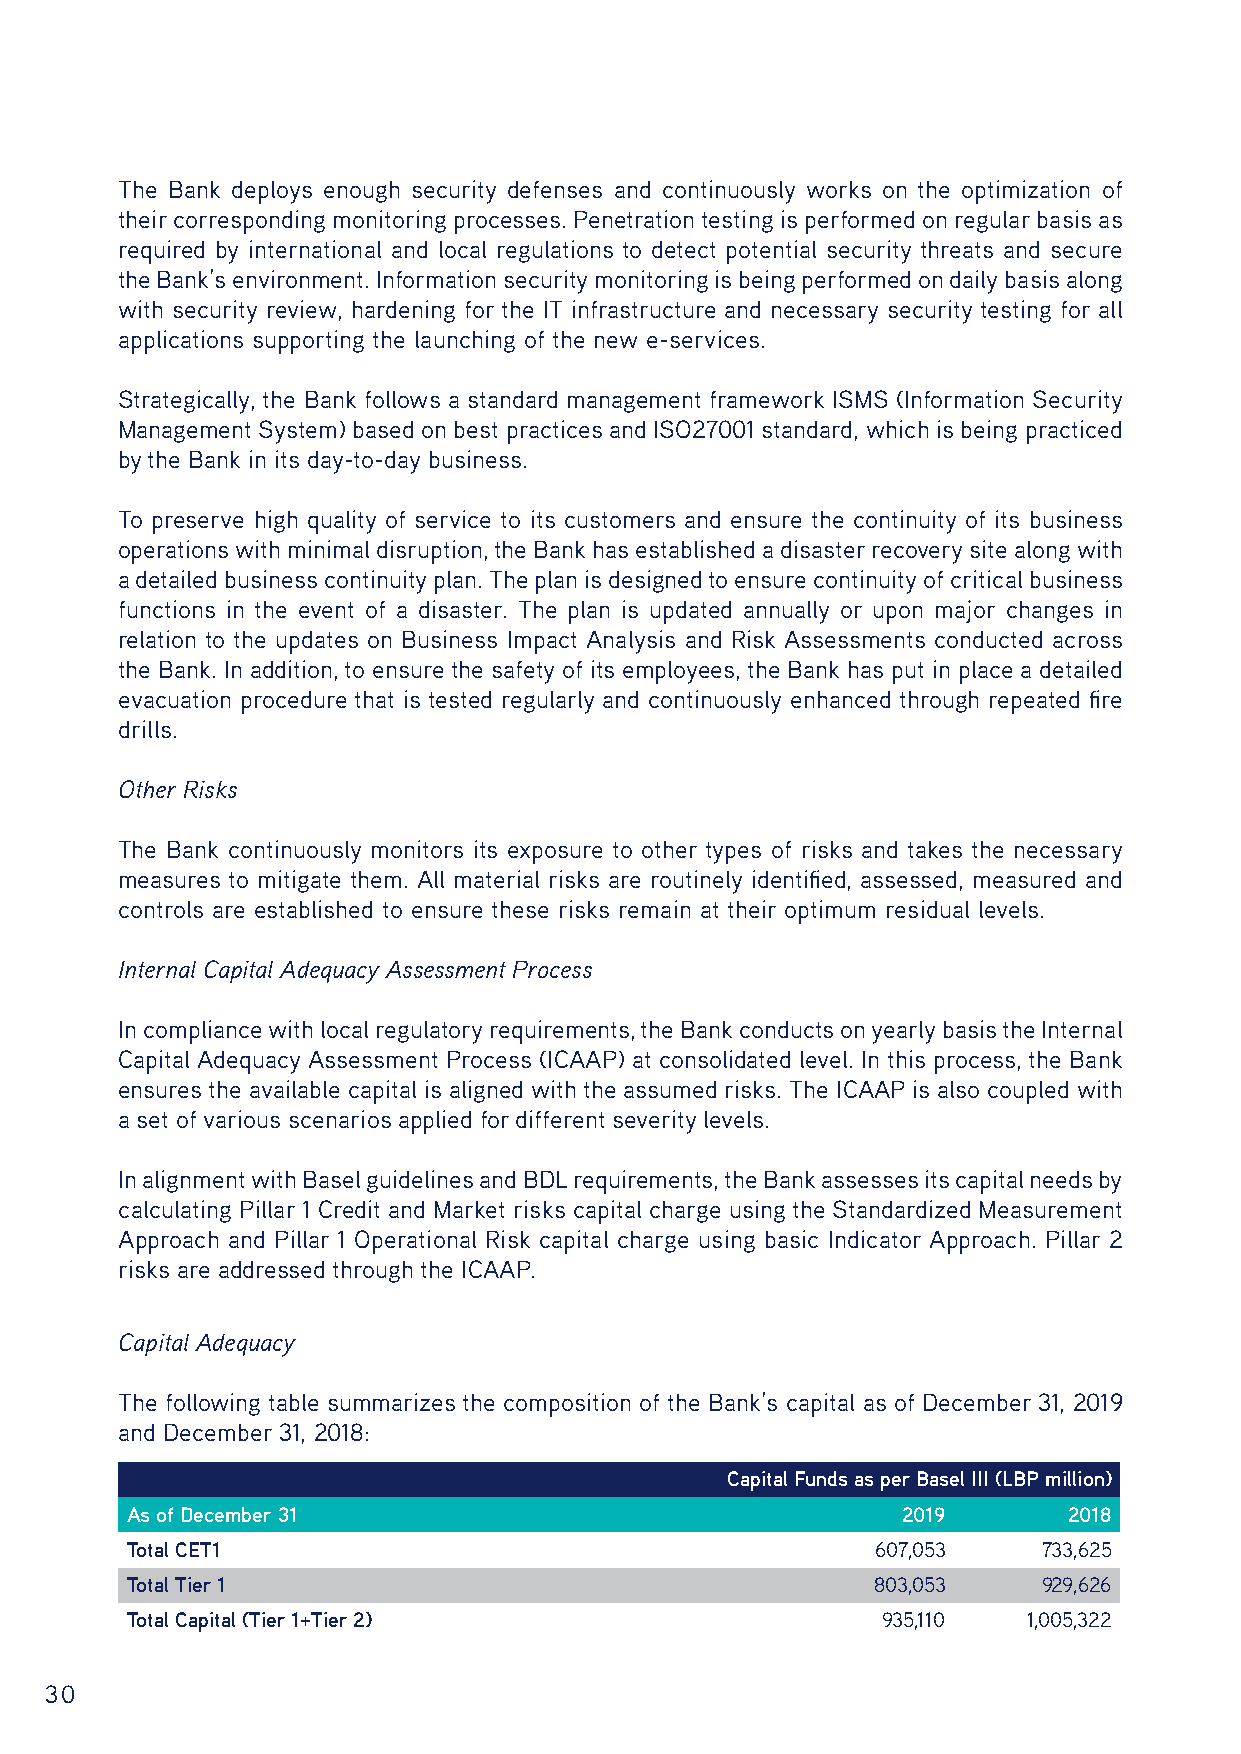
The Bank deploys enough security defenses and continuously works on the optimization of
 their corresponding monitoring processes. Penetration testing is performed on regular basis as
 required by international and local regulations to detect potential security threats and secure
 the Bank’s environment. Information security monitoring is being performed on daily basis along
 with security review, hardening for the IT infrastructure and necessary security testing for all
 applications supporting the launching of the new e-services.
 Strategically, the Bank follows a standard management framework ISMS (Information Security
 Management System) based on best practices and ISO27001 standard, which is being practiced
 by the Bank in its day-to-day business.
 To preserve high quality of service to its customers and ensure the continuity of its business
 operations with minimal disruption, the Bank has established a disaster recovery site along with
 a detailed business continuity plan. The plan is designed to ensure continuity of critical business
 functions in the event of a disaster. The plan is updated annually or upon major changes in
 relation to the updates on Business Impact Analysis and Risk Assessments conducted across
 the Bank. In addition, to ensure the safety of its employees, the Bank has put in place a detailed
 evacuation procedure that is tested regularly and continuously enhanced through repeated fire
 drills.
 Other Risks
 The Bank continuously monitors its exposure to other types of risks and takes the necessary
 measures to mitigate them. All material risks are routinely identified, assessed, measured and
 controls are established to ensure these risks remain at their optimum residual levels.
 Internal Capital Adequacy Assessment Process
 In compliance with local regulatory requirements, the Bank conducts on yearly basis the Internal
 Capital Adequacy Assessment Process (ICAAP) at consolidated level. In this process, the Bank
 ensures the available capital is aligned with the assumed risks. The ICAAP is also coupled with
 a set of various scenarios applied for different severity levels.
 In alignment with Basel guidelines and BDL requirements, the Bank assesses its capital needs by
 calculating Pillar 1 Credit and Market risks capital charge using the Standardized Measurement
 Approach and Pillar 1 Operational Risk capital charge using basic Indicator Approach. Pillar 2
 risks are addressed through the ICAAP.
 Capital Adequacy
 The following table summarizes the composition of the Bank’s capital as of December 31, 2019
 and December 31, 2018:
 Capital Funds as per Basel III (LBP million)
 As of December 31                                   2019       2018
 Total CET1                                        607,053    733,625
 Total Tier 1                                      803,053    929,626
 Total Capital (Tier 1+Tier 2)                     935,110   1,005,322
 30